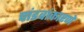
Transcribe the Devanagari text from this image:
पांडवांकारणें